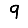
Digit: 9